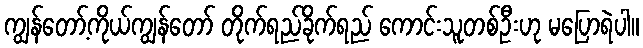
ကျွန်တော့်ကိုယ်ကျွန်တော် တိုက်ရည်ခိုက်ရည် ကောင်းသူတစ်ဦးဟု မပြောရဲပါ။